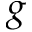
g